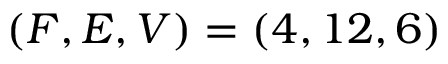
( F , E , V ) = ( 4 , 1 2 , 6 )